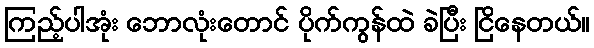
ကြည့်ပါအုံး ဘောလုံးတောင် ပိုက်ကွန်ထဲ ခဲပြီး ငြိနေတယ်။